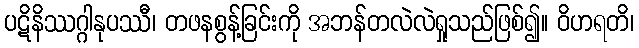
ပဋိနိဿဂ္ဂါနုပဿီ၊ တဖနစွန့်ခြင်းကို အဘန်တလဲလဲရှုသည်ဖြစ်၍။ ဝိဟရတိ၊